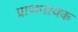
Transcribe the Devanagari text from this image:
प्राणनायक